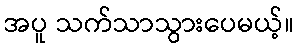
အပူ သက်သာသွားပေမယ့်။